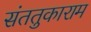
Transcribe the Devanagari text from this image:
संततुकाराम